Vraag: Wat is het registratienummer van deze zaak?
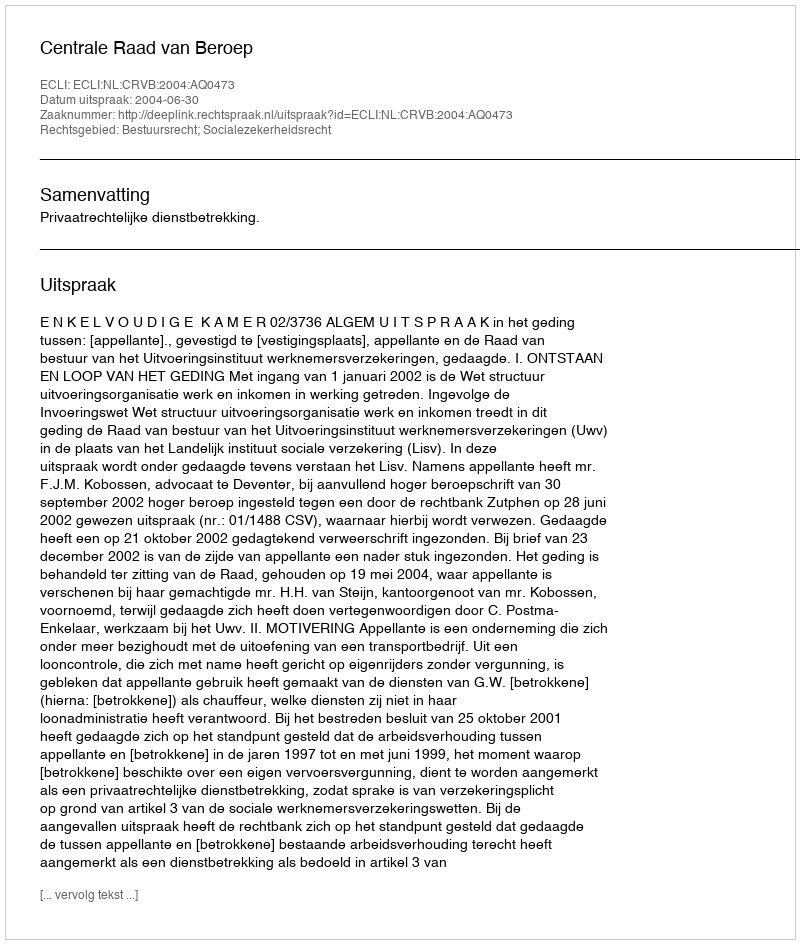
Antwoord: http://deeplink.rechtspraak.nl/uitspraak?id=ECLI:NL:CRVB:2004:AQ0473